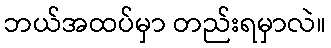
ဘယ်အထပ်မှာ တည်းရမှာလဲ။